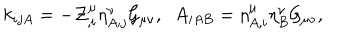
k _ { i j A } = - { \cal Z } _ { , i } ^ { \mu } { \eta } _ { A ; j } ^ { \nu } { \cal G } _ { \mu \nu } , \; \; A _ { i A B } = \eta _ { A , i } ^ { \mu } \eta _ { B } ^ { \nu } { \cal G } _ { \mu \nu } ,